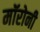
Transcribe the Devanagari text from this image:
मॉरोनी